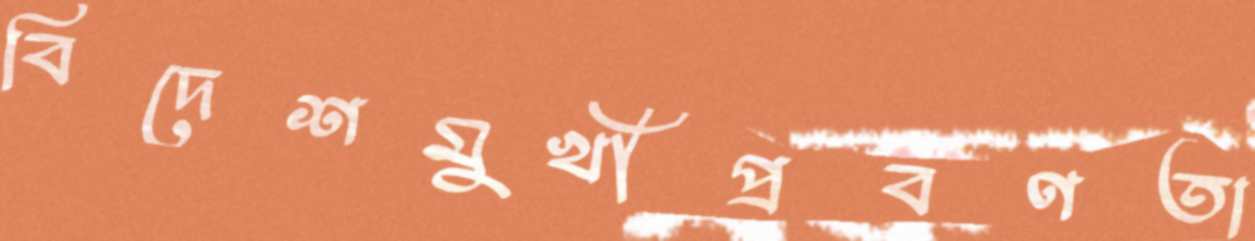
বিদেশমুখীপ্রবণতা